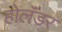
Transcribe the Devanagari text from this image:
होलॅंडर